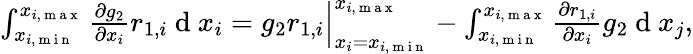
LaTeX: \begin{array}{r}{\int_{x_{i,\mathrm{~m~i~n~}}}^{x_{i,\mathrm{~m~a~x~}}}{\frac{\partial g_{2}}{\partial x_{i}}r_{1,i}}\mathrm{~d~}x_{i}=g_{2}r_{1,i}\Big|_{x_{i}=x_{i,\mathrm{~m~i~n~}}}^{x_{i,\mathrm{~m~a~x~}}}-\int_{x_{i,\mathrm{~m~i~n~}}}^{x_{i,\mathrm{~m~a~x~}}}{\frac{\partial r_{1,i}}{\partial x_{i}}g_{2}}\mathrm{~d~}x_{j},}\end{array}